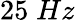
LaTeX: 25\; Hz